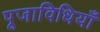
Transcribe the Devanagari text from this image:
पूजाविधियाँ